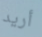
أريد